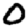
Digit: 0